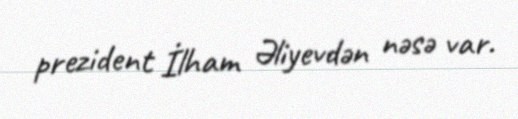
prezident İlham Əliyevdən nəsə var.